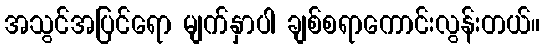
အသွင်အပြင်ရော မျက်နှာပါ ချစ်စရာကောင်းလွန်းတယ်။